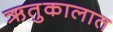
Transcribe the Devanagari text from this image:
ऋतुकालात